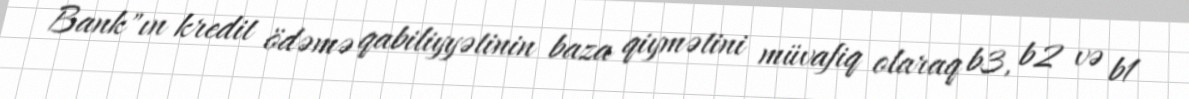
Bank"ın kredit ödəmə qabiliyyətinin baza qiymətini müvafiq olaraq b3, b2 və b1